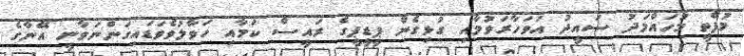
މުފްތީ މުހައްމަދު ސައީދު އަވަހާރަވުމާއި ގުޅިގެން ޕީޑީޕީގެ ރައީސް ކަމާއި ހަވާލުވެވަޑައިގަންނަވާނީ އޭނާގެ